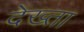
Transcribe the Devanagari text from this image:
देख्ता